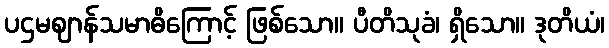
ပဌမဈာန်သမာဓိကြောင့် ဖြစ်သော။ ပီတိသုခံ၊ ရှိသော။ ဒုတိယံ၊